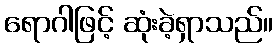
ရောဂါဖြင့် ဆုံးခဲ့ရှာသည်။